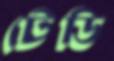
টেডি